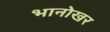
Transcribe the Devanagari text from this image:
भानोखर